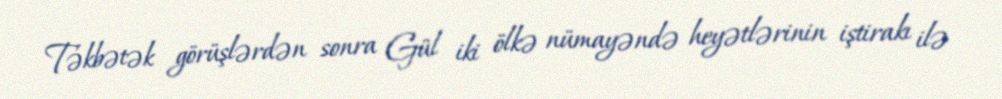
Təkbətək görüşlərdən sonra Gül iki ölkə nümayəndə heyətlərinin iştirakı ilə